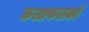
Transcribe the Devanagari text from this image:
कलाफलकों